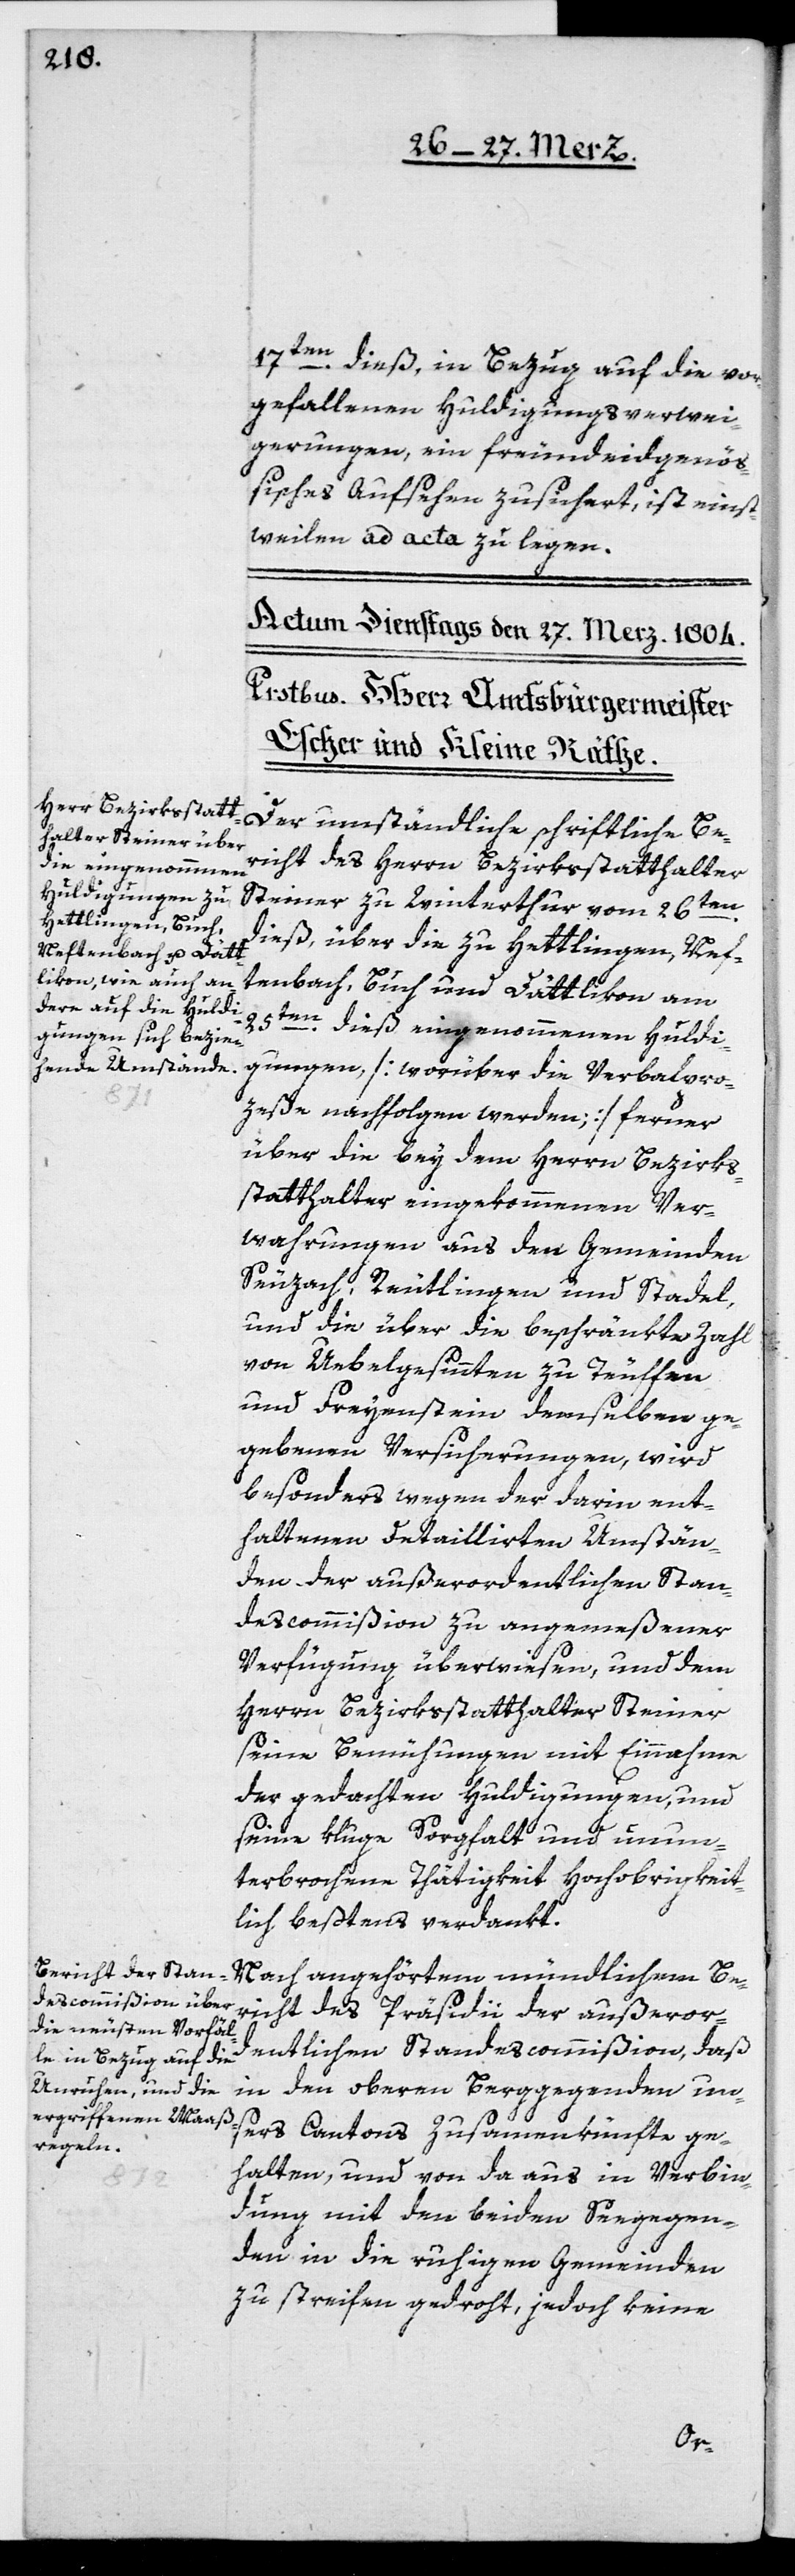
17ten dieß, in Bezug auf die vor¬
gefallenen Huldigungsverwei¬
gerungen, ein freundeidgenöß¬
isches Aufsehen zusichert, ist einst¬
weilen ad acta zu legen.
richt des Herrn Bezirksstatthalter
Steiner zu Winterthur vom 26ten
dieß, über die zu Hettlingen, Nef¬
tenbach, Buch und Dättlikon am
25ten dieß eingenommenen Huldi¬
gungen [worüber die Verbalpro¬
zeße nachfolgen werden], ferner
über die bey dem Herrn Bezirks¬
statthalter eingekommenen Ver¬
wahrungen aus den Gemeinden
Seuzach, Reutlingen und Stadel,
und die über die beschränkte Zahl
von Uebelgesinnten zu Teuffen
und Freyenstein demselben ge¬
gebenen Versicherungen, wird
besonders wegen der darin ent¬
haltenen detaillirten Umstän¬
den der außerordentlichen Stan¬
descommißion zu angemeßener
Verfügung überwiesen, und dem
Herrn Bezirksstatthalter Steiner
seine Bemühungen mit Einnahme
der gedachten Huldigungen und
seine kluge Sorgfalt und unun¬
terbrochene Thätigkeit Hochobrigkeit¬
lich beßtens verdankt.
Nach angehörtem mündlichem Be¬
richt des Präsidii der außeror¬
dentlichen Standescommißion, daß
in den oberen Berggegenden un¬
sers Cantons Zusammenkünfte ge¬
halten, und von da aus in Verbin¬
dung mit den beiden Seegegen¬
den in die ruhigen Gemeinden
zu streifen gedroht, jedoch keine
Be¬